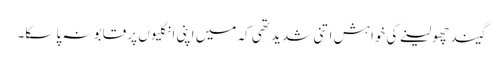
گیند چھو لینے کی خواہش اتنی شدید تھی کہ میں اپنی انگلیوں پر قابو نہ پا سکا۔